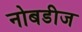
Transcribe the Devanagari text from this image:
नोबडीज